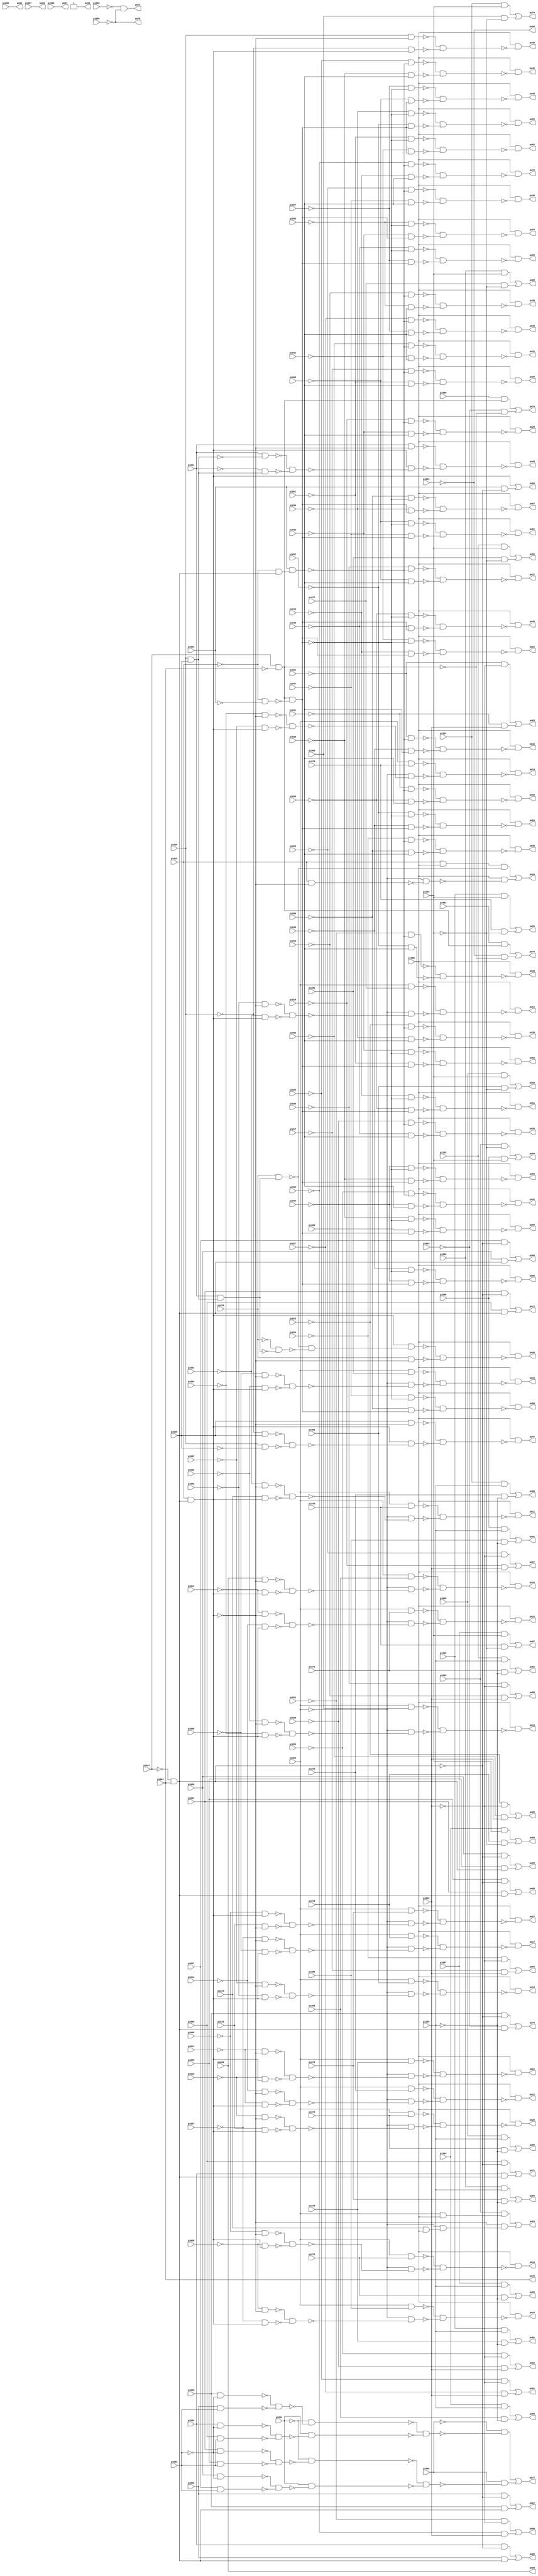
// Benchmark "ss_pcm" written by ABC on Wed Apr 29 13:53:15 2015

module ss_pcm ( 
    pi000, pi001, pi002, pi003, pi004, pi005, pi006, pi007, pi008, pi009,
    pi010, pi011, pi012, pi013, pi014, pi015, pi016, pi017, pi018, pi019,
    pi020, pi021, pi022, pi023, pi024, pi025, pi026, pi027, pi028, pi029,
    pi030, pi031, pi032, pi033, pi034, pi035, pi036, pi037, pi038, pi039,
    pi040, pi041, pi042, pi043, pi044, pi045, pi046, pi047, pi048, pi049,
    pi050, pi051, pi052, pi053, pi054, pi055, pi056, pi057, pi058, pi059,
    pi060, pi061, pi062, pi063, pi064, pi065, pi066, pi067, pi068, pi069,
    pi070, pi071, pi072, pi073, pi074, pi075, pi076, pi077, pi078, pi079,
    pi080, pi081, pi082, pi083, pi084, pi085, pi086, pi087, pi088, pi089,
    pi090, pi091, pi092, pi093, pi094, pi095, pi096, pi097, pi098, pi099,
    pi100, pi101, pi102, pi103, pi104, pi105,
    po00, po01, po02, po03, po04, po05, po06, po07, po08, po09, po10, po11,
    po12, po13, po14, po15, po16, po17, po18, po19, po20, po21, po22, po23,
    po24, po25, po26, po27, po28, po29, po30, po31, po32, po33, po34, po35,
    po36, po37, po38, po39, po40, po41, po42, po43, po44, po45, po46, po47,
    po48, po49, po50, po51, po52, po53, po54, po55, po56, po57, po58, po59,
    po60, po61, po62, po63, po64, po65, po66, po67, po68, po69, po70, po71,
    po72, po73, po74, po75, po76, po77, po78, po79, po80, po81, po82, po83,
    po84, po85, po86, po87, po88, po89, po90, po91, po92, po93, po94, po95,
    po96, po97  );
  input  pi000, pi001, pi002, pi003, pi004, pi005, pi006, pi007, pi008,
    pi009, pi010, pi011, pi012, pi013, pi014, pi015, pi016, pi017, pi018,
    pi019, pi020, pi021, pi022, pi023, pi024, pi025, pi026, pi027, pi028,
    pi029, pi030, pi031, pi032, pi033, pi034, pi035, pi036, pi037, pi038,
    pi039, pi040, pi041, pi042, pi043, pi044, pi045, pi046, pi047, pi048,
    pi049, pi050, pi051, pi052, pi053, pi054, pi055, pi056, pi057, pi058,
    pi059, pi060, pi061, pi062, pi063, pi064, pi065, pi066, pi067, pi068,
    pi069, pi070, pi071, pi072, pi073, pi074, pi075, pi076, pi077, pi078,
    pi079, pi080, pi081, pi082, pi083, pi084, pi085, pi086, pi087, pi088,
    pi089, pi090, pi091, pi092, pi093, pi094, pi095, pi096, pi097, pi098,
    pi099, pi100, pi101, pi102, pi103, pi104, pi105;
  output po00, po01, po02, po03, po04, po05, po06, po07, po08, po09, po10,
    po11, po12, po13, po14, po15, po16, po17, po18, po19, po20, po21, po22,
    po23, po24, po25, po26, po27, po28, po29, po30, po31, po32, po33, po34,
    po35, po36, po37, po38, po39, po40, po41, po42, po43, po44, po45, po46,
    po47, po48, po49, po50, po51, po52, po53, po54, po55, po56, po57, po58,
    po59, po60, po61, po62, po63, po64, po65, po66, po67, po68, po69, po70,
    po71, po72, po73, po74, po75, po76, po77, po78, po79, po80, po81, po82,
    po83, po84, po85, po86, po87, po88, po89, po90, po91, po92, po93, po94,
    po95, po96, po97;
  wire n206, n207, n209, n210, n212, n213, n215, n216, n218, n219, n221,
    n222, n224, n225, n227, n228, n230, n231, n232, n233, n234, n235, n236,
    n237, n239, n240, n241, n242, n243, n244, n246, n247, n248, n249, n250,
    n251, n253, n254, n255, n256, n257, n258, n260, n261, n262, n263, n264,
    n265, n267, n268, n269, n270, n271, n272, n274, n275, n276, n277, n278,
    n279, n281, n282, n283, n284, n285, n286, n288, n289, n290, n291, n292,
    n293, n295, n296, n297, n298, n299, n300, n302, n303, n304, n305, n306,
    n307, n309, n310, n311, n312, n313, n314, n316, n317, n318, n319, n320,
    n321, n323, n324, n325, n326, n327, n328, n330, n331, n332, n333, n334,
    n336, n337, n338, n339, n340, n341, n342, n343, n345, n346, n347, n348,
    n349, n350, n352, n353, n354, n355, n356, n358, n359, n360, n362, n363,
    n364, n366, n367, n368, n370, n371, n372, n374, n375, n376, n378, n379,
    n380, n382, n383, n384, n386, n387, n388, n390, n391, n392, n394, n395,
    n396, n398, n399, n400, n402, n403, n404, n406, n407, n408, n410, n411,
    n412, n414, n415, n416, n418, n419, n420, n421, n422, n424, n425, n426,
    n427, n428, n429, n431, n432, n433, n435, n436, n437, n438, n439, n440,
    n442, n443, n444, n445, n446, n447, n449, n450, n451, n453, n454, n455,
    n457, n458, n459, n461, n462, n463, n465, n466, n467, n469, n470, n471,
    n473, n474, n475, n477, n478, n479, n481, n482, n483, n485, n486, n487,
    n489, n490, n491, n493, n494, n495, n497, n498, n499, n501, n502, n503,
    n505, n506, n507, n509, n511, n512, n514, n515, n517, n518, n520, n521,
    n523, n524, n526, n527, n529, n530, n532, n533, n536, n537, n539, n540,
    n542, n543, n544, n545, n546, n547, n548, n549, n550, n551, n552, n553,
    n554, n555, n556, n557, n558, n559, n560, n561, n563, n564, n566, n567,
    n569, n570, n572, n573, n575, n576, n578, n579, n581, n582, n584, n585,
    n587, n588, n590, n591, n593, n594, n596, n597, n599, n600, n602, n603,
    n605, n606, n608, n609;
  assign n206 = ~pi029 & ~pi092;
  assign n207 = ~pi027 & pi092;
  assign po01 = n206 | n207;
  assign n209 = ~pi020 & ~pi092;
  assign n210 = ~pi028 & pi092;
  assign po02 = n209 | n210;
  assign n212 = ~pi021 & ~pi092;
  assign n213 = ~pi031 & pi092;
  assign po03 = n212 | n213;
  assign n215 = ~pi022 & ~pi092;
  assign n216 = ~pi032 & pi092;
  assign po04 = n215 | n216;
  assign n218 = ~pi023 & ~pi092;
  assign n219 = ~pi030 & pi092;
  assign po05 = n218 | n219;
  assign n221 = ~pi024 & ~pi092;
  assign n222 = ~pi017 & pi092;
  assign po06 = n221 | n222;
  assign n224 = ~pi025 & ~pi092;
  assign n225 = ~pi018 & pi092;
  assign po07 = n224 | n225;
  assign n227 = ~pi026 & ~pi092;
  assign n228 = ~pi019 & pi092;
  assign po08 = n227 | n228;
  assign n230 = pi062 & pi069;
  assign n231 = ~pi067 & pi084;
  assign n232 = pi015 & n231;
  assign n233 = pi000 & ~n232;
  assign n234 = ~pi013 & n232;
  assign n235 = ~n233 & ~n234;
  assign n236 = ~pi062 & ~n235;
  assign n237 = ~n230 & ~n236;
  assign po10 = pi088 & ~n237;
  assign n239 = pi062 & pi076;
  assign n240 = ~pi001 & ~n232;
  assign n241 = pi014 & n232;
  assign n242 = ~n240 & ~n241;
  assign n243 = ~pi062 & ~n242;
  assign n244 = ~n239 & ~n243;
  assign po11 = pi088 & ~n244;
  assign n246 = pi062 & pi077;
  assign n247 = ~pi002 & ~n232;
  assign n248 = ~pi001 & n232;
  assign n249 = ~n247 & ~n248;
  assign n250 = ~pi062 & ~n249;
  assign n251 = ~n246 & ~n250;
  assign po12 = pi088 & ~n251;
  assign n253 = pi062 & pi082;
  assign n254 = ~pi003 & ~n232;
  assign n255 = ~pi002 & n232;
  assign n256 = ~n254 & ~n255;
  assign n257 = ~pi062 & ~n256;
  assign n258 = ~n253 & ~n257;
  assign po13 = pi088 & ~n258;
  assign n260 = pi062 & pi078;
  assign n261 = ~pi004 & ~n232;
  assign n262 = ~pi003 & n232;
  assign n263 = ~n261 & ~n262;
  assign n264 = ~pi062 & ~n263;
  assign n265 = ~n260 & ~n264;
  assign po14 = pi088 & ~n265;
  assign n267 = pi062 & pi068;
  assign n268 = ~pi005 & ~n232;
  assign n269 = ~pi004 & n232;
  assign n270 = ~n268 & ~n269;
  assign n271 = ~pi062 & ~n270;
  assign n272 = ~n267 & ~n271;
  assign po15 = pi088 & ~n272;
  assign n274 = pi062 & pi081;
  assign n275 = ~pi006 & ~n232;
  assign n276 = ~pi005 & n232;
  assign n277 = ~n275 & ~n276;
  assign n278 = ~pi062 & ~n277;
  assign n279 = ~n274 & ~n278;
  assign po16 = pi088 & ~n279;
  assign n281 = pi062 & pi079;
  assign n282 = ~pi007 & ~n232;
  assign n283 = ~pi006 & n232;
  assign n284 = ~n282 & ~n283;
  assign n285 = ~pi062 & ~n284;
  assign n286 = ~n281 & ~n285;
  assign po17 = pi088 & ~n286;
  assign n288 = pi062 & pi080;
  assign n289 = ~pi008 & ~n232;
  assign n290 = ~pi007 & n232;
  assign n291 = ~n289 & ~n290;
  assign n292 = ~pi062 & ~n291;
  assign n293 = ~n288 & ~n292;
  assign po18 = pi088 & ~n293;
  assign n295 = pi062 & pi072;
  assign n296 = ~pi009 & ~n232;
  assign n297 = ~pi008 & n232;
  assign n298 = ~n296 & ~n297;
  assign n299 = ~pi062 & ~n298;
  assign n300 = ~n295 & ~n299;
  assign po19 = pi088 & ~n300;
  assign n302 = pi062 & pi074;
  assign n303 = ~pi010 & ~n232;
  assign n304 = pi016 & n232;
  assign n305 = ~n303 & ~n304;
  assign n306 = ~pi062 & ~n305;
  assign n307 = ~n302 & ~n306;
  assign po20 = pi088 & ~n307;
  assign n309 = pi062 & pi070;
  assign n310 = ~pi011 & ~n232;
  assign n311 = ~pi010 & n232;
  assign n312 = ~n310 & ~n311;
  assign n313 = ~pi062 & ~n312;
  assign n314 = ~n309 & ~n313;
  assign po21 = pi088 & ~n314;
  assign n316 = pi062 & pi075;
  assign n317 = ~pi012 & ~n232;
  assign n318 = ~pi011 & n232;
  assign n319 = ~n317 & ~n318;
  assign n320 = ~pi062 & ~n319;
  assign n321 = ~n316 & ~n320;
  assign po22 = pi088 & ~n321;
  assign n323 = pi062 & pi071;
  assign n324 = ~pi013 & ~n232;
  assign n325 = ~pi012 & n232;
  assign n326 = ~n324 & ~n325;
  assign n327 = ~pi062 & ~n326;
  assign n328 = ~n323 & ~n327;
  assign po23 = pi088 & ~n328;
  assign n330 = pi062 & pi088;
  assign n331 = pi083 & n330;
  assign n332 = pi014 & pi088;
  assign n333 = ~pi062 & n332;
  assign n334 = ~n232 & n333;
  assign po24 = n331 | n334;
  assign n336 = pi015 & pi088;
  assign n337 = pi035 & pi036;
  assign n338 = pi034 & n337;
  assign n339 = pi033 & n338;
  assign n340 = n336 & ~n339;
  assign n341 = pi015 & ~n232;
  assign n342 = ~pi062 & ~n341;
  assign n343 = pi088 & ~n342;
  assign po26 = n340 | n343;
  assign n345 = pi062 & pi073;
  assign n346 = ~pi009 & n232;
  assign n347 = pi016 & ~n232;
  assign n348 = ~n346 & ~n347;
  assign n349 = ~pi062 & ~n348;
  assign n350 = ~n345 & ~n349;
  assign po27 = pi088 & ~n350;
  assign n352 = ~pi015 & n231;
  assign n353 = pi053 & n352;
  assign n354 = ~pi017 & ~n353;
  assign n355 = ~pi051 & n353;
  assign n356 = ~n354 & ~n355;
  assign po28 = pi088 & ~n356;
  assign n358 = ~pi018 & ~n353;
  assign n359 = ~pi042 & n353;
  assign n360 = ~n358 & ~n359;
  assign po29 = pi088 & ~n360;
  assign n362 = ~pi019 & ~n353;
  assign n363 = ~pi043 & n353;
  assign n364 = ~n362 & ~n363;
  assign po30 = pi088 & ~n364;
  assign n366 = ~pi020 & ~n353;
  assign n367 = ~pi044 & n353;
  assign n368 = ~n366 & ~n367;
  assign po31 = pi088 & ~n368;
  assign n370 = ~pi021 & ~n353;
  assign n371 = ~pi049 & n353;
  assign n372 = ~n370 & ~n371;
  assign po32 = pi088 & ~n372;
  assign n374 = ~pi022 & ~n353;
  assign n375 = ~pi052 & n353;
  assign n376 = ~n374 & ~n375;
  assign po33 = pi088 & ~n376;
  assign n378 = ~pi023 & ~n353;
  assign n379 = ~pi045 & n353;
  assign n380 = ~n378 & ~n379;
  assign po34 = pi088 & ~n380;
  assign n382 = ~pi024 & ~n353;
  assign n383 = ~pi046 & n353;
  assign n384 = ~n382 & ~n383;
  assign po35 = pi088 & ~n384;
  assign n386 = ~pi025 & ~n353;
  assign n387 = ~pi047 & n353;
  assign n388 = ~n386 & ~n387;
  assign po36 = pi088 & ~n388;
  assign n390 = ~pi026 & ~n353;
  assign n391 = ~pi050 & n353;
  assign n392 = ~n390 & ~n391;
  assign po37 = pi088 & ~n392;
  assign n394 = ~pi027 & ~n353;
  assign n395 = ~pi037 & n353;
  assign n396 = ~n394 & ~n395;
  assign po38 = pi088 & ~n396;
  assign n398 = ~pi028 & ~n353;
  assign n399 = ~pi048 & n353;
  assign n400 = ~n398 & ~n399;
  assign po39 = pi088 & ~n400;
  assign n402 = ~pi029 & ~n353;
  assign n403 = ~pi039 & n353;
  assign n404 = ~n402 & ~n403;
  assign po40 = pi088 & ~n404;
  assign n406 = ~pi030 & ~n353;
  assign n407 = ~pi041 & n353;
  assign n408 = ~n406 & ~n407;
  assign po41 = pi088 & ~n408;
  assign n410 = ~pi031 & ~n353;
  assign n411 = ~pi038 & n353;
  assign n412 = ~n410 & ~n411;
  assign po42 = pi088 & ~n412;
  assign n414 = ~pi032 & ~n353;
  assign n415 = ~pi040 & n353;
  assign n416 = ~n414 & ~n415;
  assign po43 = pi088 & ~n416;
  assign n418 = ~pi033 & ~n338;
  assign n419 = ~n339 & ~n418;
  assign n420 = n232 & n419;
  assign n421 = pi033 & ~n232;
  assign n422 = ~n420 & ~n421;
  assign po44 = pi088 & ~n422;
  assign n424 = pi034 & ~n232;
  assign n425 = pi034 & ~n337;
  assign n426 = ~pi034 & n337;
  assign n427 = ~n425 & ~n426;
  assign n428 = n232 & ~n427;
  assign n429 = ~n424 & ~n428;
  assign po45 = pi088 & ~n429;
  assign n431 = pi035 & ~n232;
  assign n432 = ~pi035 & n232;
  assign n433 = ~n431 & ~n432;
  assign po46 = pi088 & ~n433;
  assign n435 = pi036 & ~n232;
  assign n436 = ~pi035 & pi036;
  assign n437 = pi035 & ~pi036;
  assign n438 = ~n436 & ~n437;
  assign n439 = n232 & ~n438;
  assign n440 = ~n435 & ~n439;
  assign po47 = pi088 & ~n440;
  assign n442 = pi067 & ~pi084;
  assign n443 = ~pi015 & ~pi053;
  assign n444 = n442 & ~n443;
  assign n445 = ~pi037 & ~n444;
  assign n446 = ~pi050 & n444;
  assign n447 = ~n445 & ~n446;
  assign po48 = pi088 & ~n447;
  assign n449 = ~pi038 & ~n444;
  assign n450 = ~pi048 & n444;
  assign n451 = ~n449 & ~n450;
  assign po49 = pi088 & ~n451;
  assign n453 = ~pi039 & ~n444;
  assign n454 = pi085 & n444;
  assign n455 = ~n453 & ~n454;
  assign po50 = pi088 & ~n455;
  assign n457 = ~pi040 & ~n444;
  assign n458 = ~pi038 & n444;
  assign n459 = ~n457 & ~n458;
  assign po51 = pi088 & ~n459;
  assign n461 = ~pi041 & ~n444;
  assign n462 = ~pi040 & n444;
  assign n463 = ~n461 & ~n462;
  assign po52 = pi088 & ~n463;
  assign n465 = ~pi042 & ~n444;
  assign n466 = ~pi051 & n444;
  assign n467 = ~n465 & ~n466;
  assign po53 = pi088 & ~n467;
  assign n469 = ~pi043 & ~n444;
  assign n470 = ~pi042 & n444;
  assign n471 = ~n469 & ~n470;
  assign po54 = pi088 & ~n471;
  assign n473 = ~pi044 & ~n444;
  assign n474 = ~pi039 & n444;
  assign n475 = ~n473 & ~n474;
  assign po55 = pi088 & ~n475;
  assign n477 = ~pi045 & ~n444;
  assign n478 = ~pi052 & n444;
  assign n479 = ~n477 & ~n478;
  assign po56 = pi088 & ~n479;
  assign n481 = ~pi046 & ~n444;
  assign n482 = ~pi045 & n444;
  assign n483 = ~n481 & ~n482;
  assign po57 = pi088 & ~n483;
  assign n485 = ~pi047 & ~n444;
  assign n486 = ~pi046 & n444;
  assign n487 = ~n485 & ~n486;
  assign po58 = pi088 & ~n487;
  assign n489 = ~pi048 & ~n444;
  assign n490 = ~pi037 & n444;
  assign n491 = ~n489 & ~n490;
  assign po59 = pi088 & ~n491;
  assign n493 = ~pi049 & ~n444;
  assign n494 = ~pi044 & n444;
  assign n495 = ~n493 & ~n494;
  assign po60 = pi088 & ~n495;
  assign n497 = ~pi050 & ~n444;
  assign n498 = ~pi047 & n444;
  assign n499 = ~n497 & ~n498;
  assign po61 = pi088 & ~n499;
  assign n501 = ~pi051 & ~n444;
  assign n502 = ~pi041 & n444;
  assign n503 = ~n501 & ~n502;
  assign po62 = pi088 & ~n503;
  assign n505 = ~pi052 & ~n444;
  assign n506 = ~pi049 & n444;
  assign n507 = ~n505 & ~n506;
  assign po63 = pi088 & ~n507;
  assign n509 = pi053 & ~n231;
  assign po64 = n232 | n509;
  assign n511 = pi054 & ~n231;
  assign n512 = pi056 & n231;
  assign po65 = n511 | n512;
  assign n514 = pi055 & ~n231;
  assign n515 = pi061 & n231;
  assign po66 = n514 | n515;
  assign n517 = pi056 & ~n231;
  assign n518 = pi059 & n231;
  assign po67 = n517 | n518;
  assign n520 = pi057 & ~n231;
  assign n521 = pi058 & n231;
  assign po68 = n520 | n521;
  assign n523 = pi058 & ~n231;
  assign n524 = pi055 & n231;
  assign po69 = n523 | n524;
  assign n526 = pi059 & ~n231;
  assign n527 = ~pi063 & n231;
  assign po70 = n526 | n527;
  assign n529 = pi060 & ~n231;
  assign n530 = pi054 & n231;
  assign po71 = n529 | n530;
  assign n532 = pi061 & ~n231;
  assign n533 = pi060 & n231;
  assign po72 = n532 | n533;
  assign po73 = ~pi065 & ~pi066;
  assign n536 = pi090 & n442;
  assign n537 = ~pi063 & ~n442;
  assign po74 = n536 | n537;
  assign n539 = pi091 & n442;
  assign n540 = ~pi064 & ~n442;
  assign po75 = n539 | n540;
  assign n542 = pi059 & ~pi093;
  assign n543 = pi056 & pi093;
  assign n544 = ~n542 & ~n543;
  assign n545 = ~pi094 & ~n544;
  assign n546 = pi054 & ~pi093;
  assign n547 = pi060 & pi093;
  assign n548 = ~n546 & ~n547;
  assign n549 = pi094 & ~n548;
  assign n550 = ~n545 & ~n549;
  assign n551 = ~pi095 & ~n550;
  assign n552 = pi061 & ~pi093;
  assign n553 = pi055 & pi093;
  assign n554 = ~n552 & ~n553;
  assign n555 = ~pi094 & ~n554;
  assign n556 = pi058 & ~pi093;
  assign n557 = pi057 & pi093;
  assign n558 = ~n556 & ~n557;
  assign n559 = pi094 & ~n558;
  assign n560 = ~n555 & ~n559;
  assign n561 = pi095 & ~n560;
  assign po77 = n551 | n561;
  assign n563 = pi101 & pi104;
  assign n564 = pi068 & ~pi104;
  assign po79 = n563 | n564;
  assign n566 = pi103 & pi105;
  assign n567 = pi069 & ~pi105;
  assign po80 = n566 | n567;
  assign n569 = pi100 & pi105;
  assign n570 = pi070 & ~pi105;
  assign po81 = n569 | n570;
  assign n572 = pi102 & pi105;
  assign n573 = pi071 & ~pi105;
  assign po82 = n572 | n573;
  assign n575 = pi097 & pi105;
  assign n576 = pi072 & ~pi105;
  assign po83 = n575 | n576;
  assign n578 = pi098 & pi105;
  assign n579 = pi073 & ~pi105;
  assign po84 = n578 | n579;
  assign n581 = pi099 & pi105;
  assign n582 = pi074 & ~pi105;
  assign po85 = n581 | n582;
  assign n584 = pi101 & pi105;
  assign n585 = pi075 & ~pi105;
  assign po86 = n584 | n585;
  assign n587 = pi097 & pi104;
  assign n588 = pi076 & ~pi104;
  assign po87 = n587 | n588;
  assign n590 = pi098 & pi104;
  assign n591 = pi077 & ~pi104;
  assign po88 = n590 | n591;
  assign n593 = pi100 & pi104;
  assign n594 = pi078 & ~pi104;
  assign po89 = n593 | n594;
  assign n596 = pi103 & pi104;
  assign n597 = pi079 & ~pi104;
  assign po90 = n596 | n597;
  assign n599 = pi096 & pi105;
  assign n600 = pi080 & ~pi105;
  assign po91 = n599 | n600;
  assign n602 = pi102 & pi104;
  assign n603 = pi081 & ~pi104;
  assign po92 = n602 | n603;
  assign n605 = pi099 & pi104;
  assign n606 = pi082 & ~pi104;
  assign po93 = n605 | n606;
  assign n608 = pi083 & ~pi104;
  assign n609 = pi096 & pi104;
  assign po94 = n608 | n609;
  assign po25 = 1'b1;
  assign po76 = ~pi066;
  assign po96 = ~pi064;
  assign po00 = pi000;
  assign po09 = pi087;
  assign po78 = pi084;
  assign po95 = pi086;
  assign po97 = pi089;
endmodule